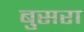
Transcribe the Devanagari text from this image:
बुसरा